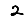
Digit: 2